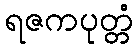
ရဇကပုတ္တံ